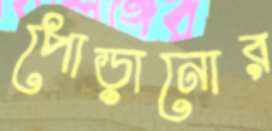
পোড়ানোর